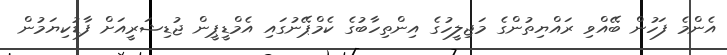
އެންމެ ފަހުން ބޭއްވި ރައްޔިތުންގެ މަޖިލީހުގެ އިންތިހާބުގެ ކެމްޕޭނުގައި އެމްޑީޕީން ޖުޑިޝަރީއަށް ފާޑުކިޔަމުން